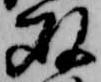
双